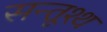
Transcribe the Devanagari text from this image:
सन्तूश्थ